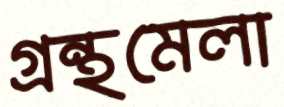
গ্রন্থমেলা